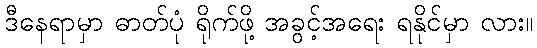
ဒီနေရာမှာ ဓာတ်ပုံ ရိုက်ဖို့ အခွင့်အရေး ရနိုင်မှာ လား။